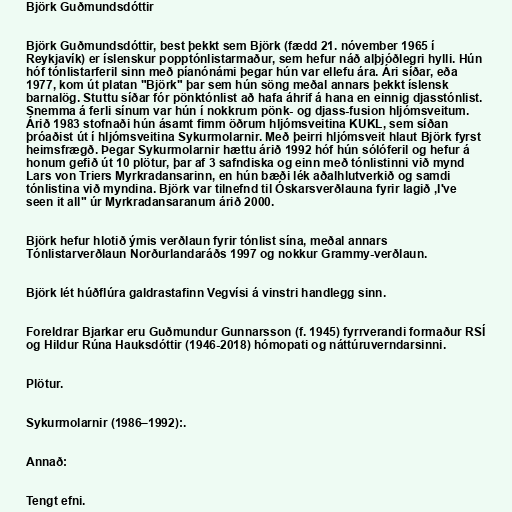
Björk Guðmundsdóttir

Björk Guðmundsdóttir, best þekkt sem Björk (fædd 21. nóvember 1965 í
Reykjavík) er íslenskur popptónlistarmaður, sem hefur náð alþjóðlegri hylli. Hún
hóf tónlistarferil sinn með píanónámi þegar hún var ellefu ára. Ári síðar, eða
1977, kom út platan "Björk" þar sem hún söng meðal annars þekkt íslensk
barnalög. Stuttu síðar fór pönktónlist að hafa áhrif á hana en einnig djasstónlist.
Snemma á ferli sínum var hún í nokkrum pönk- og djass-fusion hljómsveitum.
Árið 1983 stofnaði hún ásamt fimm öðrum hljómsveitina KUKL, sem síðan
þróaðist út í hljómsveitina Sykurmolarnir. Með þeirri hljómsveit hlaut Björk fyrst
heimsfrægð. Þegar Sykurmolarnir hættu árið 1992 hóf hún sólóferil og hefur á
honum gefið út 10 plötur, þar af 3 safndiska og einn með tónlistinni við mynd
Lars von Triers Myrkradansarinn, en hún bæði lék aðalhlutverkið og samdi
tónlistina við myndina. Björk var tilnefnd til Óskarsverðlauna fyrir lagið ,I've
seen it all" úr Myrkradansaranum árið 2000.

Björk hefur hlotið ýmis verðlaun fyrir tónlist sína, meðal annars
Tónlistarverðlaun Norðurlandaráðs 1997 og nokkur Grammy-verðlaun.

Björk lét húðflúra galdrastafinn Vegvísi á vinstri handlegg sinn.

Foreldrar Bjarkar eru Guðmundur Gunnarsson (f. 1945) fyrrverandi formaður RSÍ
og Hildur Rúna Hauksdóttir (1946-2018) hómopati og náttúruverndarsinni.

Plötur.

Sykurmolarnir (1986–1992):.

Annað:

Tengt efni.